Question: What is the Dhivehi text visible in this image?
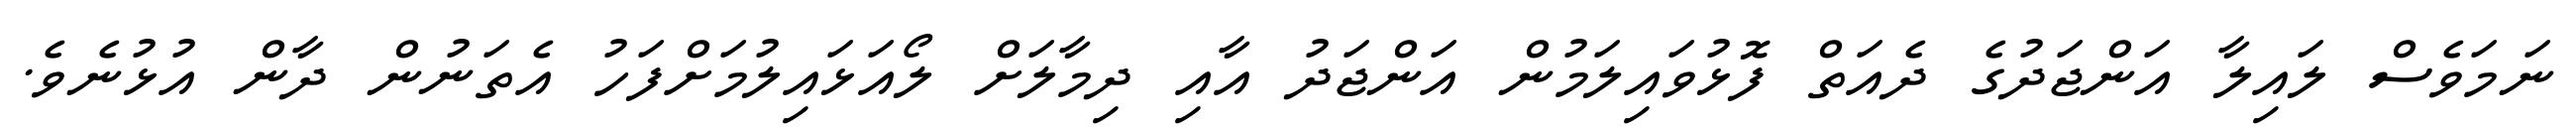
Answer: ނަމަވެސް ލައިލާ އަންޖަދުގެ ދެއަތް ފޮޅުވައިލަމުން އަންޖަދު އާއި ދިމާލަށް ލޯއަޅައިލުމަށްފަހު އެތަނުން ދާން އުޅުނެވެ.